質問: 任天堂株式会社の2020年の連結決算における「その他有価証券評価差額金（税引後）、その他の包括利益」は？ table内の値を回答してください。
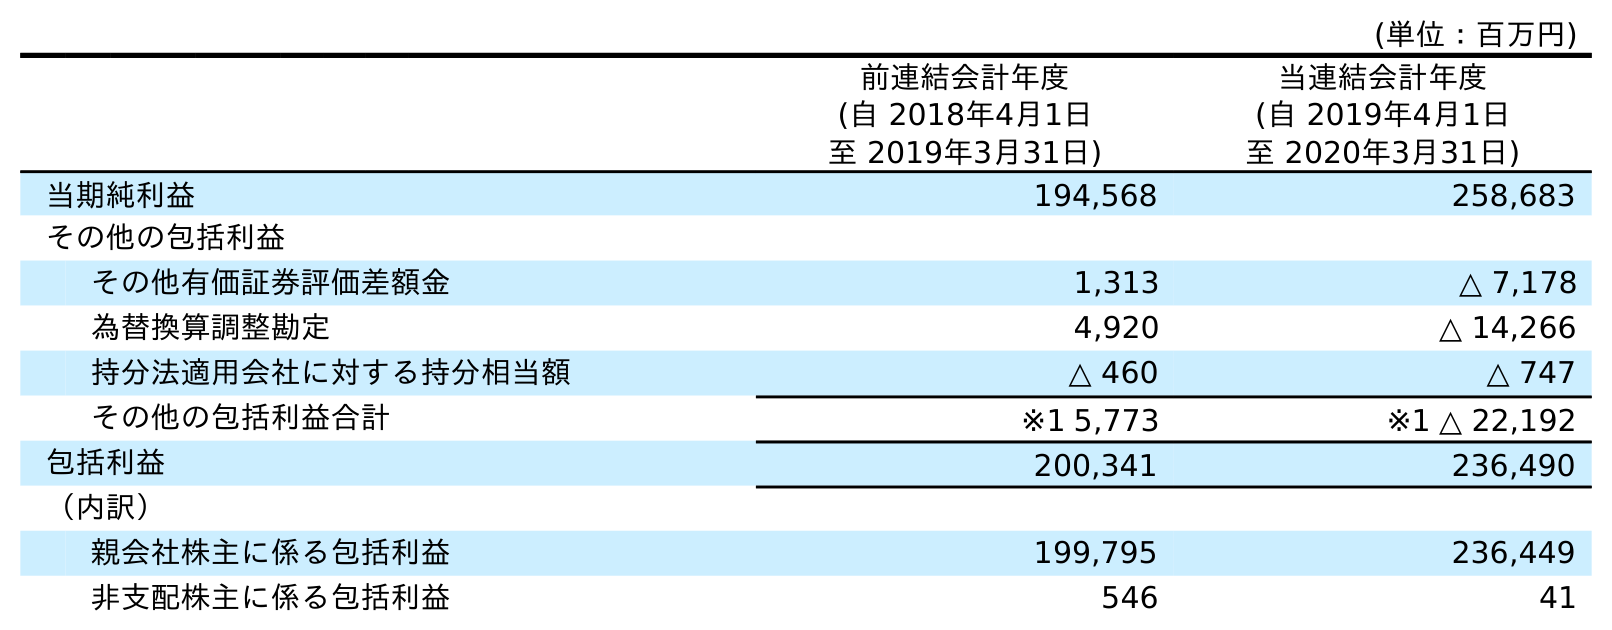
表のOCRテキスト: (単位：百万円) 前連結会計年度 (自 2018年4月1日 至 2019年3月31日) 当連結会計年度 (自 2019年4月1日 至 2020年3月31日) 当期純利益 194,568 258,683 その他の包括利益 その他有価証券評価差額金 1,313 △ 7,178 為替換算調整勘定 4,920 △ 14,266 持分法適用会社に対する持分相当額 △ 460 △ 747 その他の包括利益合計 ※1 5,773 ※1 △ 22,192 包括利益 200,341 236,490 （内訳） 親会社株主に係る包括利益 199,795 236,449 非支配株主に係る包括利益 546 41
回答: △7,178